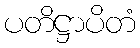
ပတိဋ္ဌာပိတံ